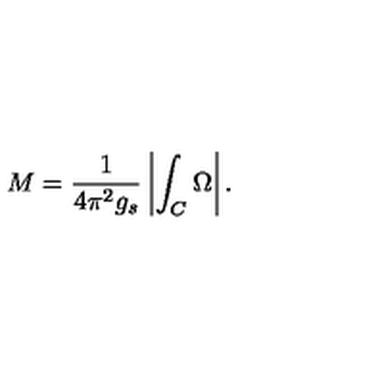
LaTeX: M = \frac { 1 } { 4 \pi ^ { 2 } g _ { s } } \left| \int _ { C } \Omega \right| .